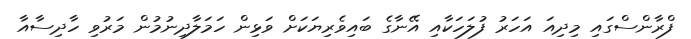
ފްރާންސްގައި މިދިއަ އަހަރު ފުލަހަކާއި އޭނާގެ ބައިވެރިޔަކަށް ވަޅިން ހަމަލާދިނުމުން މަރުވި ހާދިސާއާ